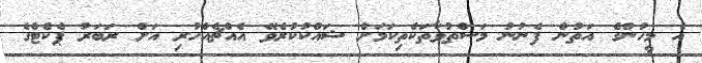
އެ މީހުންގެ އަތުން ފެނުނު މަސްތުވާތަކެތިކަމަށް ޝައްކުކުރެވޭ އެއްޗެއްހުރި އަށް ރަބަރު ޕެކެޓްގެ